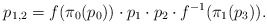
\begin{align*}p_{1,2} = f(\pi_0(p_0)) \cdot p_1 \cdot p_2 \cdot f^{-1}(\pi_1(p_3)).\end{align*}